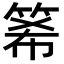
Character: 𥭘